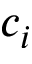
c _ { i }